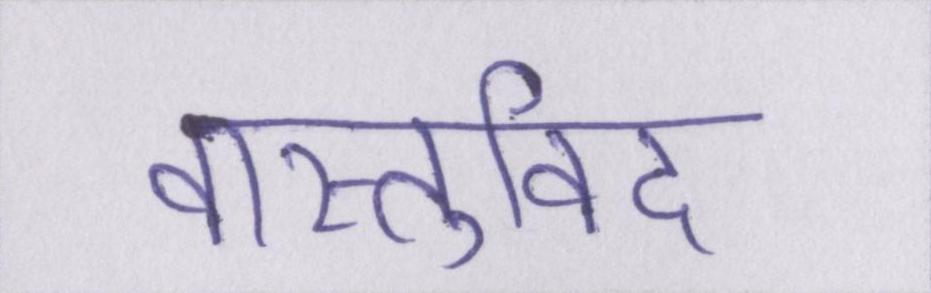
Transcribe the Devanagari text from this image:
वास्तुविद